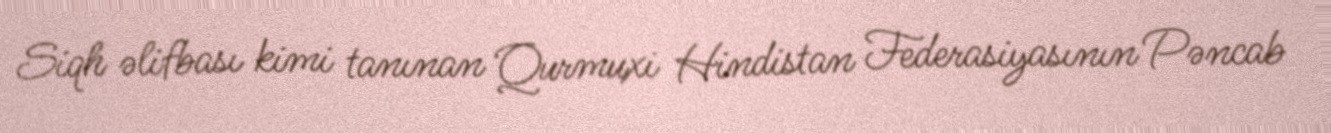
Siqh əlifbası kimi tanınan Qurmuxi Hindistan Federasiyasının Pəncab